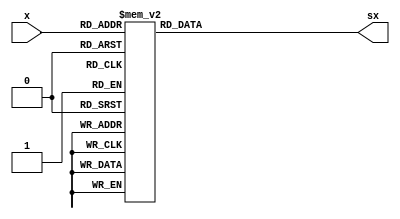
`timescale 1ps/1ps

module s_box(
    input [3:0] x, 
    output reg [3:0] sx
    );

    always@(x) begin
        case(x)
            4'h0: sx <= 4'hC;
            4'h1: sx <= 4'h5;
            4'h2: sx <= 4'h6;
            4'h3: sx <= 4'hB;
            4'h4: sx <= 4'h9;
            4'h5: sx <= 4'h0;
            4'h6: sx <= 4'hA;
            4'h7: sx <= 4'hD;
            4'h8: sx <= 4'h3;
            4'h9: sx <= 4'hE;
            4'hA: sx <= 4'hF;
            4'hB: sx <= 4'h8;
            4'hC: sx <= 4'h4;
            4'hD: sx <= 4'h7;
            4'hE: sx <= 4'h1;
            4'hF: sx <= 4'h2;
            default sx <= 4'h0;
        endcase
    end
    
endmodule